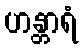
ဟန္တာရံ